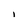
Character: i